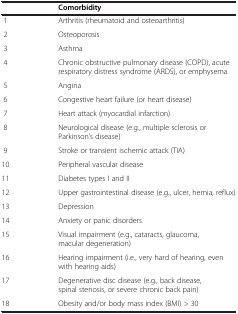
<table><thead><tr><td><b> </b></td><td><b>Comorbidity</b></td></tr></thead><tbody><tr><td>1</td><td>Arthritis (rheumatoid and osteoarthritis)</td></tr><tr><td>2</td><td>Osteoporosis</td></tr><tr><td>3</td><td>Asthma</td></tr><tr><td>4</td><td>Chronic obstructive pulmonary disease (COPD), acute respiratory distress syndrome (ARDS), or emphysema</td></tr><tr><td>5</td><td>Angina</td></tr><tr><td>6</td><td>Congestive heart failure (or heart disease)</td></tr><tr><td>7</td><td>Heart attack (myocardial infarction)</td></tr><tr><td>8</td><td>Neurological disease (e.g., multiple sclerosis or Parkinson’s disease)</td></tr><tr><td>9</td><td>Stroke or transient ischemic attack (TIA)</td></tr><tr><td>10</td><td>Peripheral vascular disease</td></tr><tr><td>11</td><td>Diabetes types I and II</td></tr><tr><td>12</td><td>Upper gastrointestinal disease (e.g., ulcer, hernia, reflux)</td></tr><tr><td>13</td><td>Depression</td></tr><tr><td>14</td><td>Anxiety or panic disorders</td></tr><tr><td>15</td><td>Visual impairment (e.g., cataracts, glaucoma, macular degeneration)</td></tr><tr><td>16</td><td>Hearing impairment (i.e., very hard of hearing, even with hearing aids)</td></tr><tr><td>17</td><td>Degenerative disc disease (e.g., back disease, spinal stenosis, or severe chronic back pain)</td></tr><tr><td>18</td><td>Obesity and/or body mass index (BMI) &gt; 30</td></tr></tbody></table>